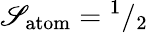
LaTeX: \mathscr{S}_{\mathrm{{atom}}}={}^{1}/_{2}